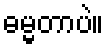
ဓမ္မတာပဲ။